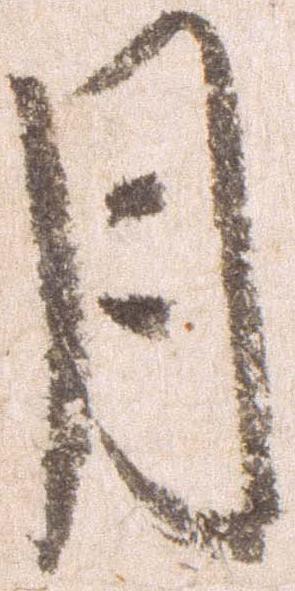
月